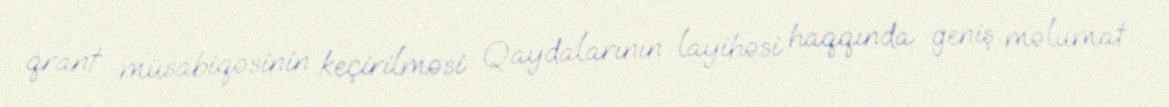
qrant müsabiqəsinin keçirilməsi Qaydalarının layihəsi haqqında geniş məlumat